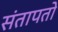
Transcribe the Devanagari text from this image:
संतापतो